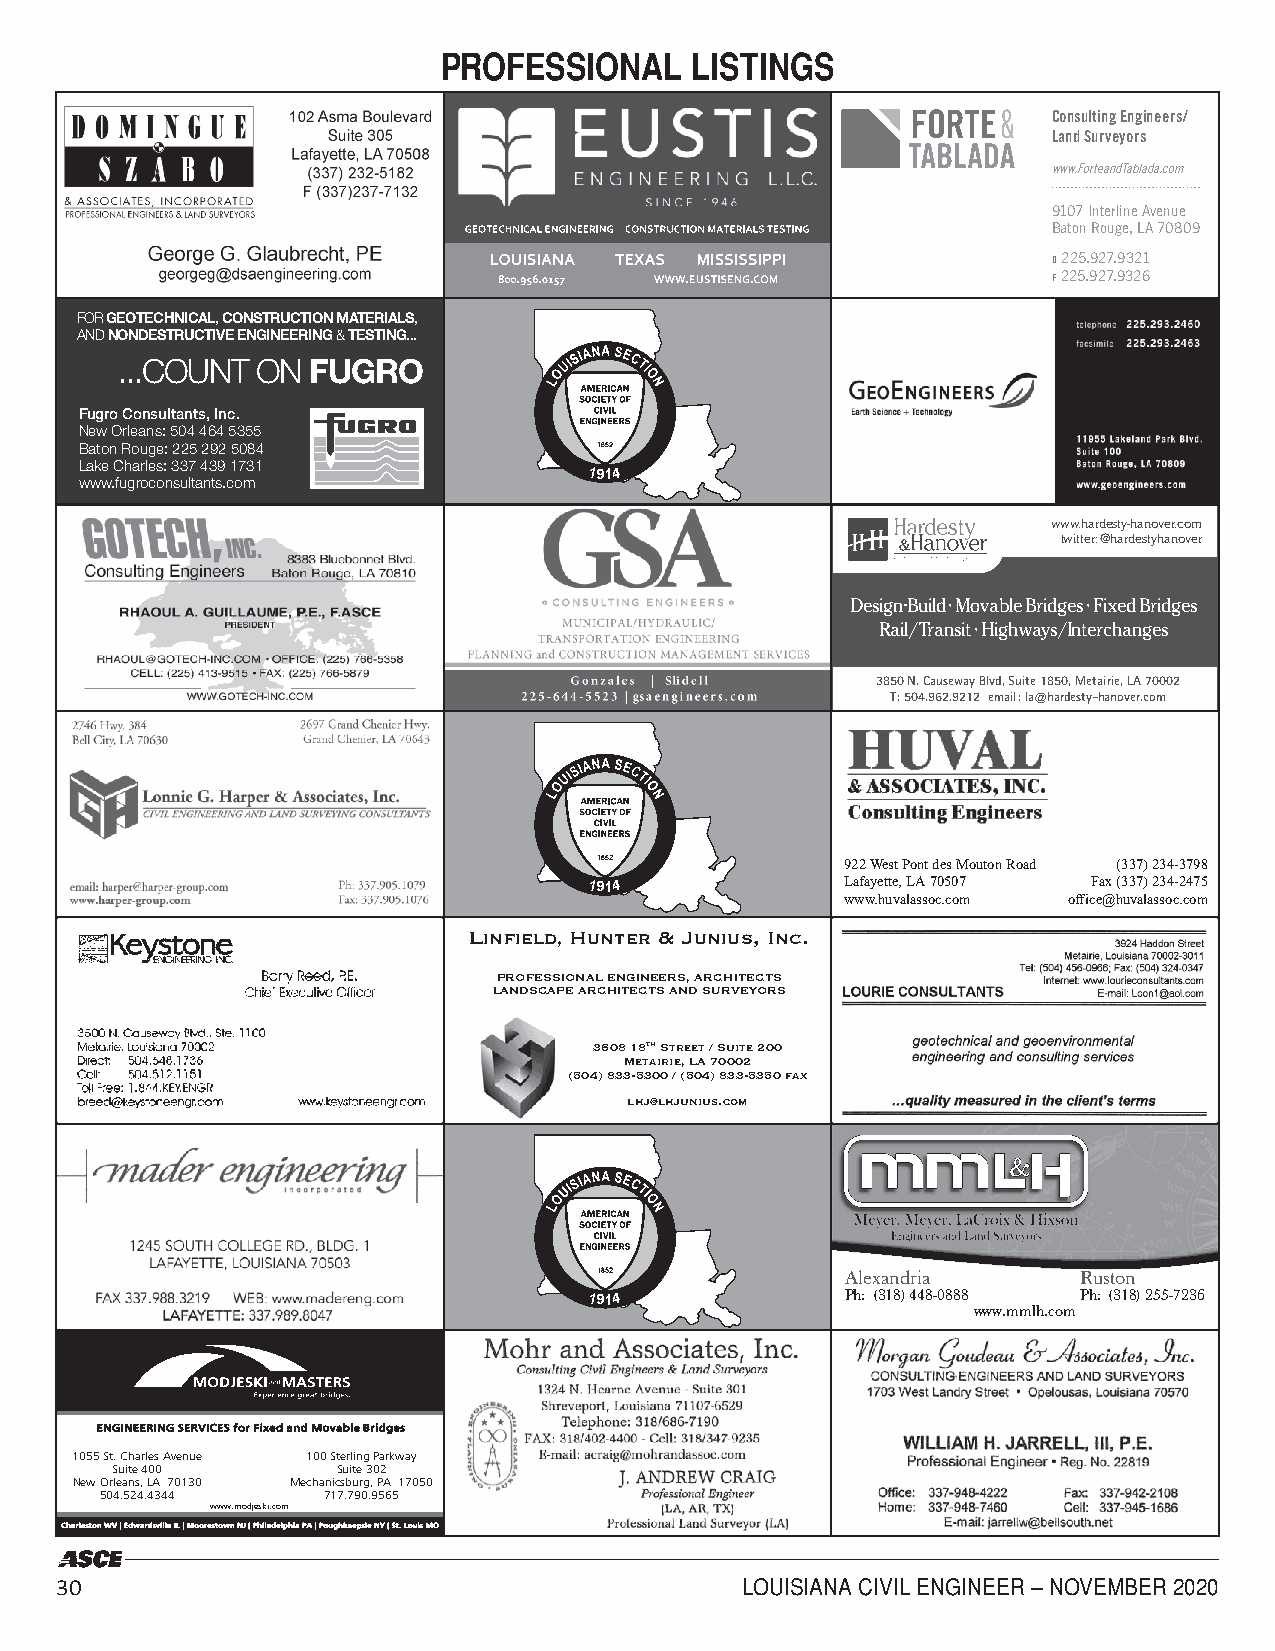
PROFESSIONAL     LISTINGS
 Consulting Engineers/
 Land Surveyors
 www.ForteandTablada.com
 9107 Interline Avenue
 Baton Rouge, LA 70809
 O 225.927.9321
 F 225.927.9326
 FOR GEOTECHNICAL, CONSTRUCTION MATERIALS,
 AND NONDESTRUCTIVE ENGINEERING & TESTING...
 ...COUNT ON  FUGRO
 Fugro Consultants, Inc.
 New Orleans: 504 464 5355
 Baton Rouge: 225 292 5084
 Lake Charles: 337 439 1731
 1914
 www.fugroconsultants.com
 www.hardesty-hanover.com
 twitter: @hardestyhanover
 Design-Build • Movable Bridges • Fixed Bridges
 Rail/Transit • Highways/Interchanges
 3850 N. Causeway Blvd, Suite 1850, Metairie, LA 70002
 T: 504.962.9212 email: la@hardesty-hanover.com
 922 West Pont des Mouton Road (337) 234-3798
 1914             Lafayette, LA 70507 Fax (337) 234-2475
 www.huvalassoc.com office@huvalassoc.com
 LINFIELD, HUNTER & JUNIUS, INC.
 PROFESSIONAL ENGINEERS, ARCHITECTS
 LANDSCAPE ARCHITECTS AND SURVEYORS
 3608 18th Street / Suite 200
 Metairie, LA 70002
 (504) 833-5300 / (504) 833-5350 fax
 lhj@lhjunius.com
 Alexandria      Ruston
 1914             Ph: (318) 448-0888 Ph: (318) 255-7236
 www.mmlh.com
 EENNGGIINNEEEERRIINNGG SSEERRVVIICCEESS ffoorr FFiixxeedd aanndd MMoovvaabbllee BBrriiddggeess
 1055 St. Charles Avenue 100 Sterling Parkway
 Suite 400      Suite 302
 New Orleans, LA 70130 Mechanicsburg, PA 17050
 504.524.4344  717.790.9565
 www.modjeski.com
 CCChhhaaarrrllleeessstttooonnn ,WW WVVV || | EEEdddwwwaaarrrdddsssvvviiilllllleee, IIILLL ||| MMMoooooorrreeessstttooowwwnnn, NNNJJJ ||| PPPhhhiiilllaaadddeeelpllpphhhiaiiaa, PPPAAA | ||P PPooouuuggghhhkkkeeeeeepppsisseii,ee N NNYYY | S|| tSS.tt L.. oLLuooiuus,ii ssM MMOOO
 30                                           LOUISIANA CIVIL ENGINEER – NOVEMBER 2020